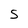
Character: S